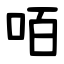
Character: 咟